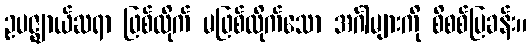
ဥပဇ္ဈာယ်ဆရာ ဖြစ်ထိုက် မဖြစ်ထိုက်သော အင်္ဂါများကို စိစစ်ပြခန်း။